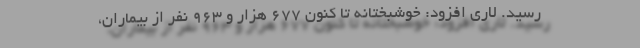
رسید. لاری افزود: خوشبختانه تا کنون ۶۷۷ هزار و ۹۶۳ نفر از بیماران،